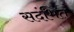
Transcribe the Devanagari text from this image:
सदंभित